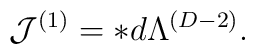
{\cal J}^{(1)}= \ast d\Lambda^{(D-2)}.